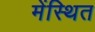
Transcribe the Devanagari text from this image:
मेंस्थित